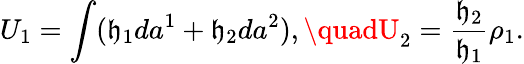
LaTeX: U_{1}=\int(\mathfrak{h}_{1}da^{1}+\mathfrak{h}_{2}da^{2}),\quadU_{2}=\frac{{\mathfrak{h}_{2}}}{{\mathfrak{h}_{1}}}\rho_{1}.